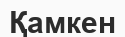
Қамкен